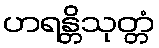
ဟရန္တိသုတ္တံ